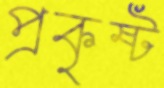
প্রকৃষ্ট